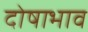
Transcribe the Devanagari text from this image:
दोषाभाव